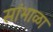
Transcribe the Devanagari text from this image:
सांभाळा